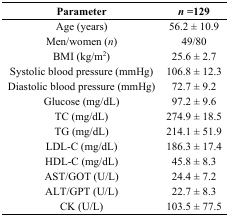
| Parameter | n = 129 |
 | --- | --- |
 | Age (years) | 56.2 ± 10.9 |
 | Men/women (n) | 49/80 |
 | BMI (kg/m2) | 25.6 ± 2.7 |
 | Systolic blood pressure (mmHg) | 106.8 ± 12.3 |
 | Diastolic blood pressure (mmHg) | 72.7 ± 9.2 |
 | Glucose (mg/dL) | 97.2 ± 9.6 |
 | TC (mg/dL) | 274.9 ± 18.5 |
 | TG (mg/dL) | 214.1 ± 51.9 |
 | LDL-C (mg/dL) | 186.3 ± 17.4 |
 | HDL-C (mg/dL) | 45.8 ± 8.3 |
 | AST/GOT (U/L) | 24.4 ± 7.2 |
 | ALT/GPT (U/L) | 22.7 ± 8.3 |
 | CK (U/L) | 103.5 ± 77.5 |